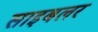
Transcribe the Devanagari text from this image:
साइबलर